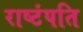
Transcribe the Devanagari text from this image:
राष्टंपति